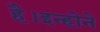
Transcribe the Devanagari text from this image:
है।इन्होने